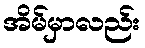
အိမ်မှာလည်း